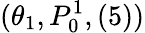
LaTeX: (\theta_{1},P_{0}^{1},(5))